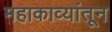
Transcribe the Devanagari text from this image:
महाकाव्यांतून